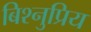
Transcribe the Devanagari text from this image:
बिश्नुप्रिय